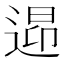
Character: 𲅠